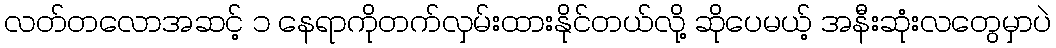
လတ်တလောအဆင့် ၁ နေရာကိုတက်လှမ်းထားနိုင်တယ်လို့ ဆိုပေမယ့် အနီးဆုံးလတွေမှာပဲ